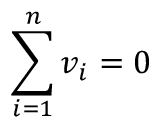
\sum _ { i = 1 } ^ { n } v _ { i } = 0